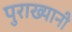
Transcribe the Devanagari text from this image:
पुराख्यानी